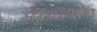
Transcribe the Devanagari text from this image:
मॅरेथॉनच्या